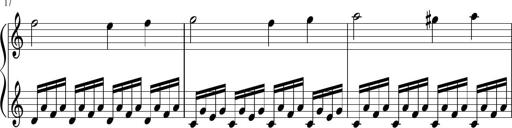
Title: Sonatina di Santa Gemma, JKB 12
Composer: Jason Baruk
Key: F major